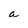
Character: a